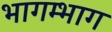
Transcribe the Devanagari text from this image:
भागम्भाग